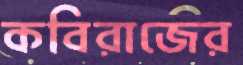
কবিরাজের